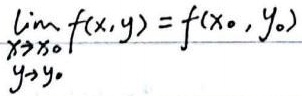
\(\lim_{\substack{x \to x_{0}\\y \to y_{0}}} f(x,y)=f(x_{0},y_{0})\)